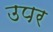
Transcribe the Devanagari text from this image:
उपर